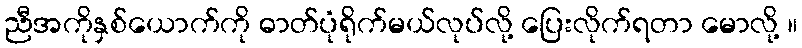
ညီအကိုနှစ်ယောက်ကို ဓာတ်ပုံရိုက်မယ်လုပ်လို့ ပြေးလိုက်ရတာ မောလို့ ။